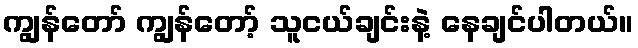
ကျွန်တော် ကျွန်တော့် သူငယ်ချင်းနဲ့ နေချင်ပါတယ်။